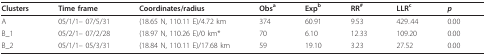
<table><thead><tr><td><b>Clusters</b></td><td><b>Time frame</b></td><td><b>Coordinates/radius</b></td><td><b>Obs<sup>a</sup></b></td><td><b>Exp<sup>b</sup></b></td><td><b>RR<sup>#</sup></b></td><td><b>LLR<sup>c</sup></b></td><td><b><i>p</i></b></td></tr></thead><tbody><tr><td>A</td><td>05/1/1-- 07/5/31</td><td>(18.65 N, 110.11 E)/4.72 km</td><td>374</td><td>60.91</td><td>9.53</td><td>429..44</td><td>0.00</td></tr><tr><td>B_1</td><td>05/2/1-- 07/2/28</td><td>(18.97 N, 110.26 E)/0 km*</td><td>70</td><td>6.10</td><td>12.33</td><td>109.20</td><td>0.00</td></tr><tr><td>B_2</td><td>05/1/1-- 05/3/31</td><td>(18.84 N, 110.11 E)/17.68 km</td><td>59</td><td>19.10</td><td>3.23</td><td>27.52</td><td>0.00</td></tr></tbody></table>